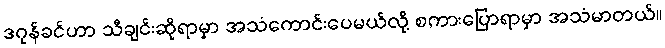
ဒဂုန်ခင်ဟာ သီချင်းဆိုရာမှာ အသံကောင်းပေမယ်လို့ စကားပြောရာမှာ အသံမာတယ်။